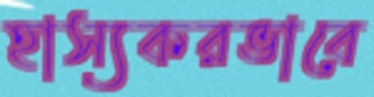
হাস্যকরভাবে